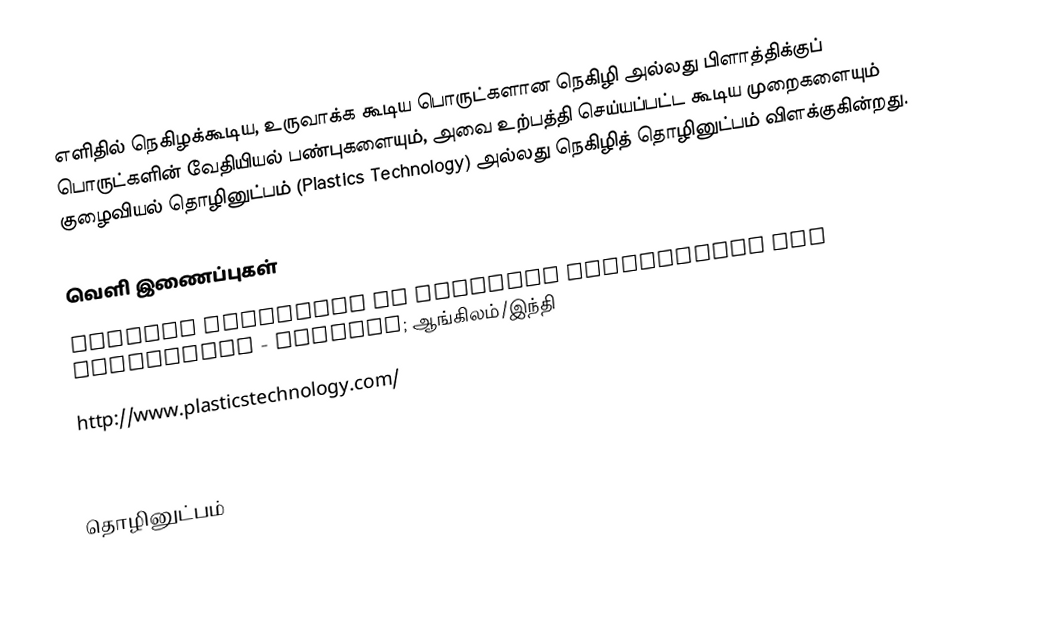
எளிதில் நெகிழக்கூடிய, உருவாக்க கூடிய பொருட்களான நெகிழி அல்லது பிளாத்திக்குப் பொருட்களின் வேதியியல் பண்புகளையும், அவை உற்பத்தி செய்யப்பட்ட கூடிய முறைகளையும் குழைவியல் தொழினுட்பம் (Plastics Technology) அல்லது நெகிழித் தொழினுட்பம் விளக்குகின்றது.

வெளி இணைப்புகள்
 Central Institute of Plastics Engineering and Technology - Chennai; ஆங்கிலம்/இந்தி
 http://www.plasticstechnology.com/
 http://www.rptinc.net/

தொழினுட்பம்